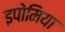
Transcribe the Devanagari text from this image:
इपोमिया